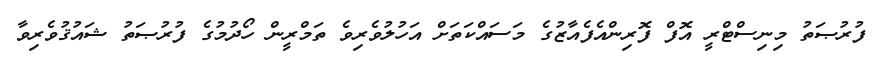
ފުރުޞަތު މިނިސްޓްރީ އޮފް ފޮރިންއެފެއާޒުގެ މަސައްކަތަށް އަހުލުވެރިވެ ތަމްރީން ހޯދުމުގެ ފުރުޞަތު ޝައުޤުވެރިވާ